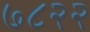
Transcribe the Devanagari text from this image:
७८२२